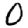
Digit: 0